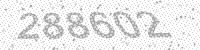
Solution: 288602